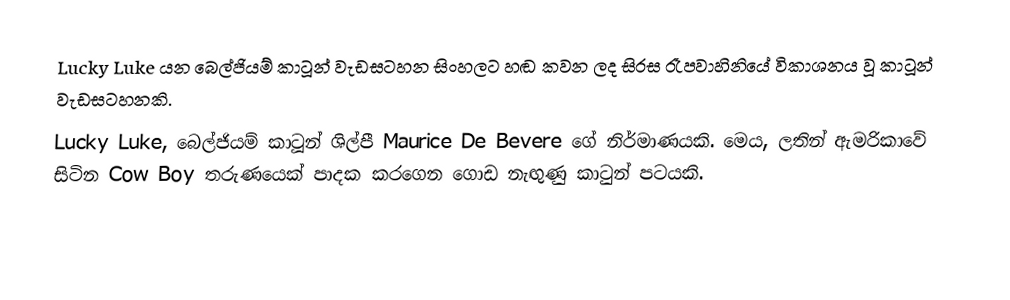
Lucky Luke යන බෙල්ජියම් කාටූන් වැඩසටහන සිංහලට හඬ කවන ලද සිරස රෑපවාහිනියේ විකාශනය වූ කාටූන් වැඩසටහනකි.
Lucky Luke, බෙල්ජියම් කාටූන් ශිල්පී Maurice De Bevere ගේ නිර්මාණයකි. මෙය, ලතින් ඇමරිකාවේ සිටින Cow Boy තරුණයෙක් පාදක කරගෙන ගොඩ නැඟුණු කාටුන් පටයකි.